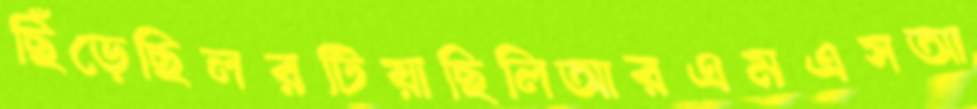
ছিঁড়েছিলরটিয়াছিলিআরএমএসআ